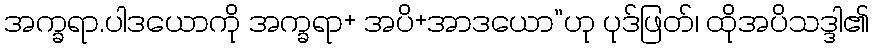
အက္ခရာ.ပါဒယောကို အက္ခရာ+ အပိ+အာဒယော”ဟု ပုဒ်ဖြတ်၊ ထိုအပိသဒ္ဒါ၏